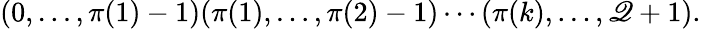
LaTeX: (0,\ldots,\pi(1)-1)(\pi(1),\ldots,\pi(2)-1)\cdots(\pi(k),\ldots,\mathscr{Q}+1).